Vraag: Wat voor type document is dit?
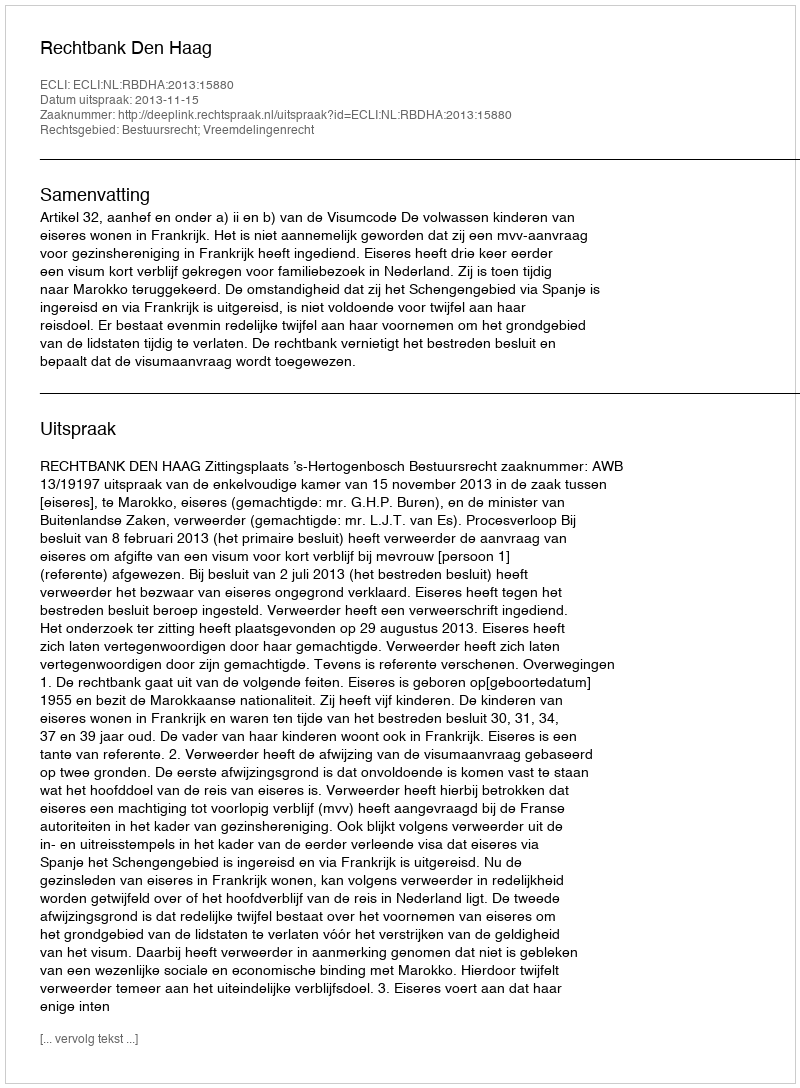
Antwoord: Uitspraak